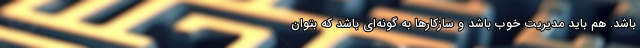
باشد. هم باید مدیریت خوب باشد و سازکارها به گونه‌ای باشد که بتوان